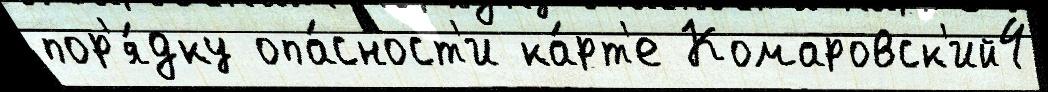
пор'я́дку опа́сност'и ка́рт'е Комаровск'ий4